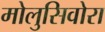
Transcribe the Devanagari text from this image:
मोलुसिवोरा